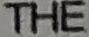
THE